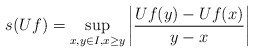
\begin{align*}s(Uf) = \sup_{x,y \in I, x \geq y} \left|\frac{Uf(y) - Uf(x)}{y - x}\right| \end{align*}